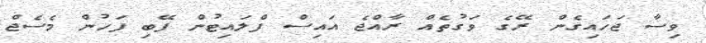
ވިސާ ޖަހައިގެން ރޭގެ ވަގުތެއް ރާއްޖެ އައިސް ފްލައިޓުން ފޭބި ފަހުން މެސެޖް